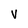
Character: V